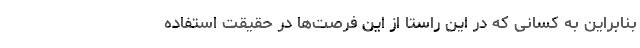
بنابراین به کسانی که در این راستا از این فرصت‌ها در حقیقت استفاده